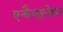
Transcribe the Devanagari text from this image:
एन्कैप्सुलेशन